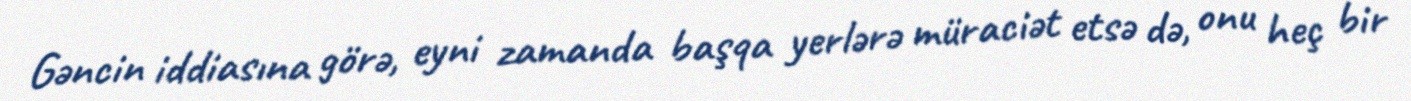
Gəncin iddiasına görə, eyni zamanda başqa yerlərə müraciət etsə də, onu heç bir